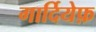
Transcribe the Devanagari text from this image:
गार्दियेफ़